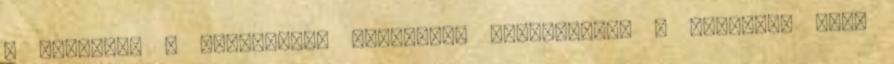
a standard - scientific váltásnál megőrizhető a kijelzőn lévő